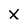
Character: X